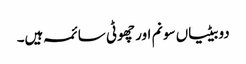
دو بیٹیاں سونم اور چھوٹی سائمہ ہیں۔